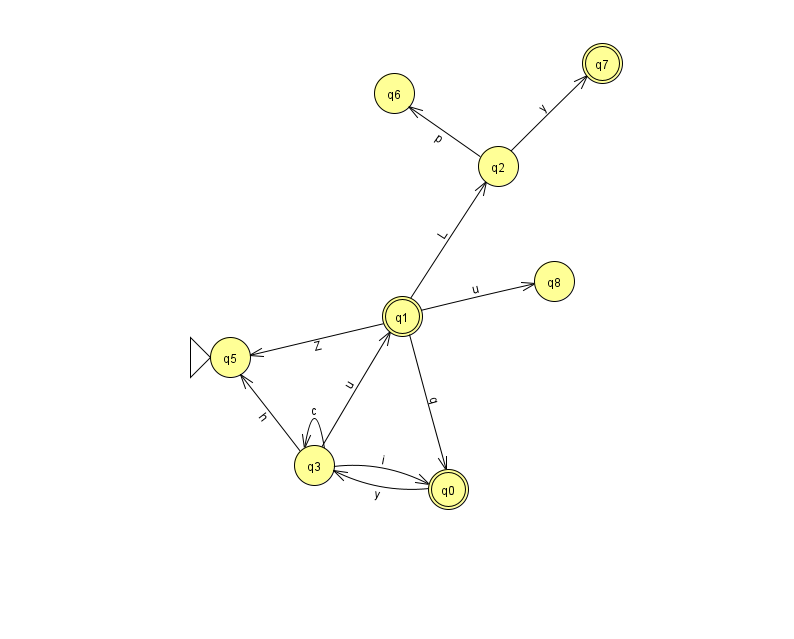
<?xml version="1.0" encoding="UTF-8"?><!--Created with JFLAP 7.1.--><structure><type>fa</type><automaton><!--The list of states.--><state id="0" name="q0"><x>448.0</x><y>476.0</y><final/></state><state id="1" name="q1"><x>402.0</x><y>303.0</y><final/></state><state id="2" name="q2"><x>498.0</x><y>153.0</y></state><state id="3" name="q3"><x>314.0</x><y>452.0</y></state><state id="5" name="q5"><x>230.0</x><y>344.0</y><initial/></state><state id="6" name="q6"><x>394.0</x><y>80.0</y></state><state id="7" name="q7"><x>602.0</x><y>50.0</y><final/></state><state id="8" name="q8"><x>554.0</x><y>268.0</y></state><!--The list of transitions.--><transition><from>1</from><to>5</to><read>Z</read></transition><transition><from>1</from><to>2</to><read>L</read></transition><transition><from>3</from><to>3</to><read>c</read></transition><transition><from>1</from><to>0</to><read>q</read></transition><transition><from>1</from><to>8</to><read>u</read></transition><transition><from>0</from><to>3</to><read>y</read></transition><transition><from>3</from><to>0</to><read>i</read></transition><transition><from>3</from><to>5</to><read>h</read></transition><transition><from>2</from><to>6</to><read>p</read></transition><transition><from>2</from><to>7</to><read>y</read></transition><transition><from>3</from><to>1</to><read>u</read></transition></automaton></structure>